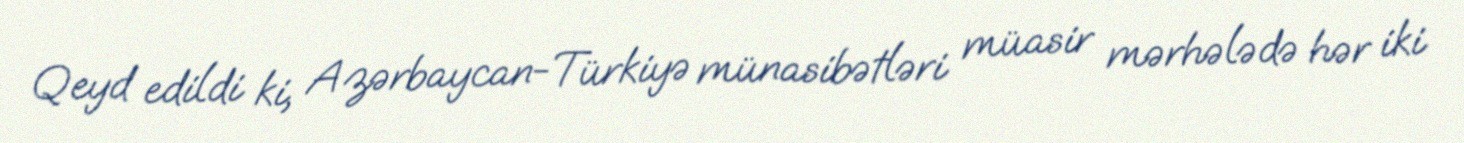
Qeyd edildi ki, Azərbaycan-Türkiyə münasibətləri müasir mərhələdə hər iki